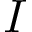
I